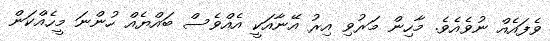
ވެފައެއް ނުވެއެވެ. މާހިން މަރުވި އިރު އޭނާއަކީ އެއްވެސް ބައްޔެއް ހުންނަ މީހެއްކަން